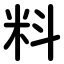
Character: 料